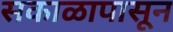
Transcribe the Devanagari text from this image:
सकाळापासून